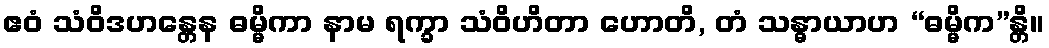
ဧဝံ သံဝိဒဟန္တေန ဓမ္မိကာ နာမ ရက္ခာ သံဝိဟိတာ ဟောတိ, တံ သန္ဓာယာဟ “ဓမ္မိက”န္တိ။